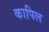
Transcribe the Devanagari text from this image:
कापिल